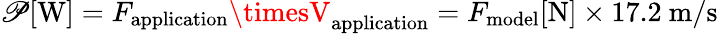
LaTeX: \mathscr{P}[\mathrm{{W}}]=F_{\mathrm{{application}}}\timesV_{\mathrm{{application}}}=F_{\mathrm{{model}}}[\mathrm{{N}}]\times17.2\ \mathrm{{m/s}}